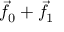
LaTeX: { \vec { f } } _ { 0 } + { \vec { f } } _ { 1 }